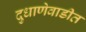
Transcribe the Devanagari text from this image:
दुधाणेवाडीत